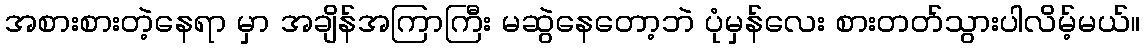
အစားစားတဲ့နေရာ မှာ အချိန်အကြာကြီး မဆွဲနေတော့ဘဲ ပုံမှန်လေး စားတတ်သွားပါလိမ့်မယ်။